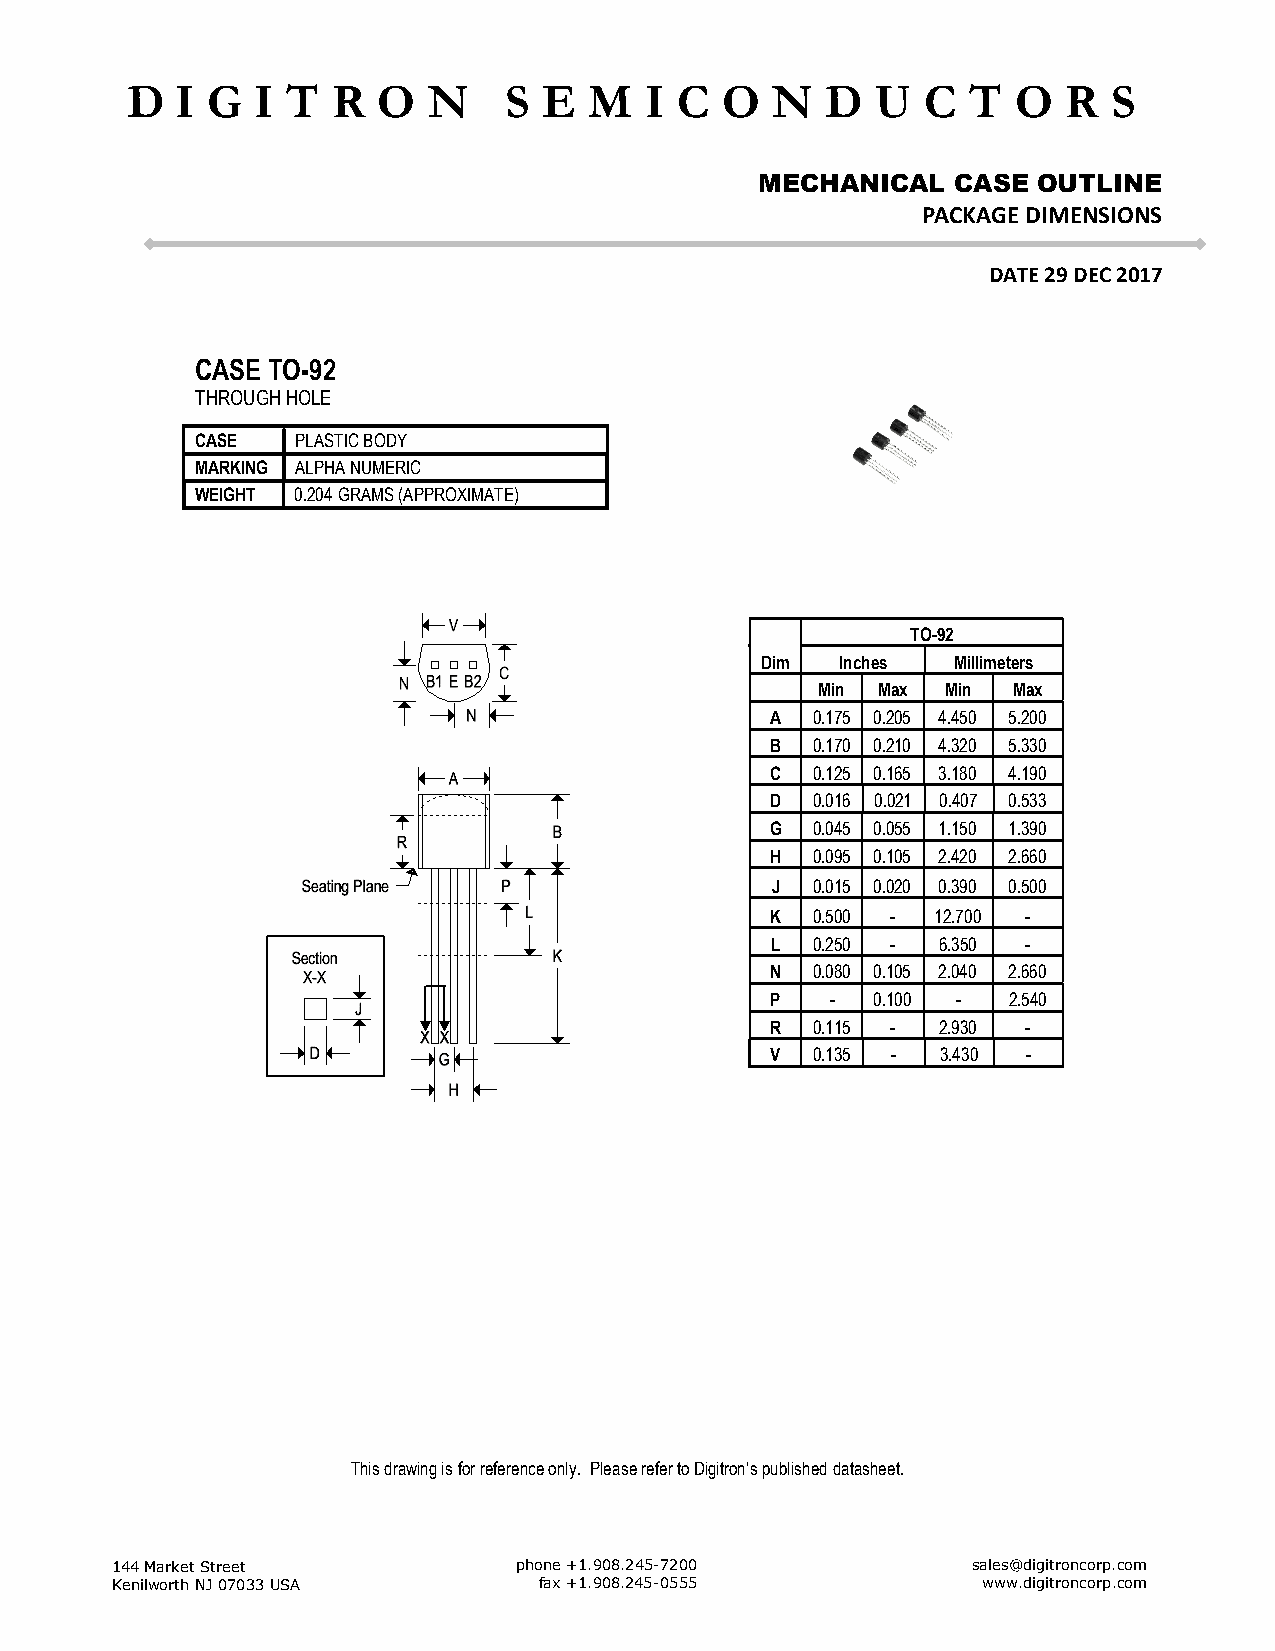
D   I G  I T  R  O  N     S E  M   I C  O  N   D  U  C  T  O   R  S
 MECHANICAL   CASE  OUTLINE
 PACKAGE DIMENSIONS
 DATE 29 DEC 2017
 CASE TO-92
 THROUGH HOLE
 CASE   PLASTIC BODY
 MARKING ALPHA NUMERIC
 WEIGHT 0.204 GRAMS (APPROXIMATE)
 TO-92
 Dim   Inches Millimeters
 Min Max  Min Max
 A  0.175 0.205 4.450 5.200
 B  0.170 0.210 4.320 5.330
 C  0.125 0.165 3.180 4.190
 D  0.016 0.021 0.407 0.533
 G  0.045 0.055 1.150 1.390
 H  0.095 0.105 2.420 2.660
 J  0.015 0.020 0.390 0.500
 K  0.500 - 12.700 -
 L  0.250 - 6.350 -
 N  0.080 0.105 2.040 2.660
 P   -  0.100 -  2.540
 R  0.115 - 2.930 -
 V  0.135 - 3.430 -
 This drawing is for reference only. Please refer to Digitron’s published datasheet.
 144 Market Street          phone +1.908.245-7200         sales@digitroncorp.com
 Kenilworth NJ 07033 USA      fax +1.908.245-0555          www.digitroncorp.com